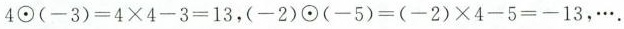
$$4⊙( - 3 ) = 4 \times 4 - 3 = 1 3$$，$$( - 2 ) ⊙ ( - 5 ) = ( - 2 ) \times 4 - 5 = - 1 3$$，….